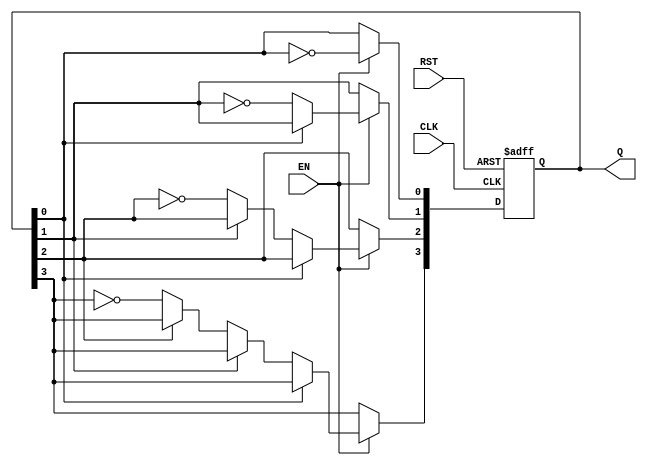
module async_counter (
    input wire CLK,      // Clock input
    input wire RST,      // Asynchronous reset
    input wire EN,       // Enable signal
    output reg [3:0] Q   // 4-bit output for the counter
);

    // Asynchronous reset and counting logic
    always @(posedge CLK or posedge RST) begin
        if (RST) begin
            Q <= 4'b0000; // Reset the counter to 0
        end else if (EN) begin
            // Asynchronous counting logic
            Q[0] <= ~Q[0]; // Toggle LSB on every clock pulse
            if (Q[0] == 1'b0) begin // If LSB goes from 1 to 0
                Q[1] <= ~Q[1]; // Toggle second bit
                if (Q[1] == 1'b0) begin // If second bit goes from 1 to 0
                    Q[2] <= ~Q[2]; // Toggle third bit
                    if (Q[2] == 1'b0) begin // If third bit goes from 1 to 0
                        Q[3] <= ~Q[3]; // Toggle MSB
                    end
                end
            end
        end
    end

endmodule